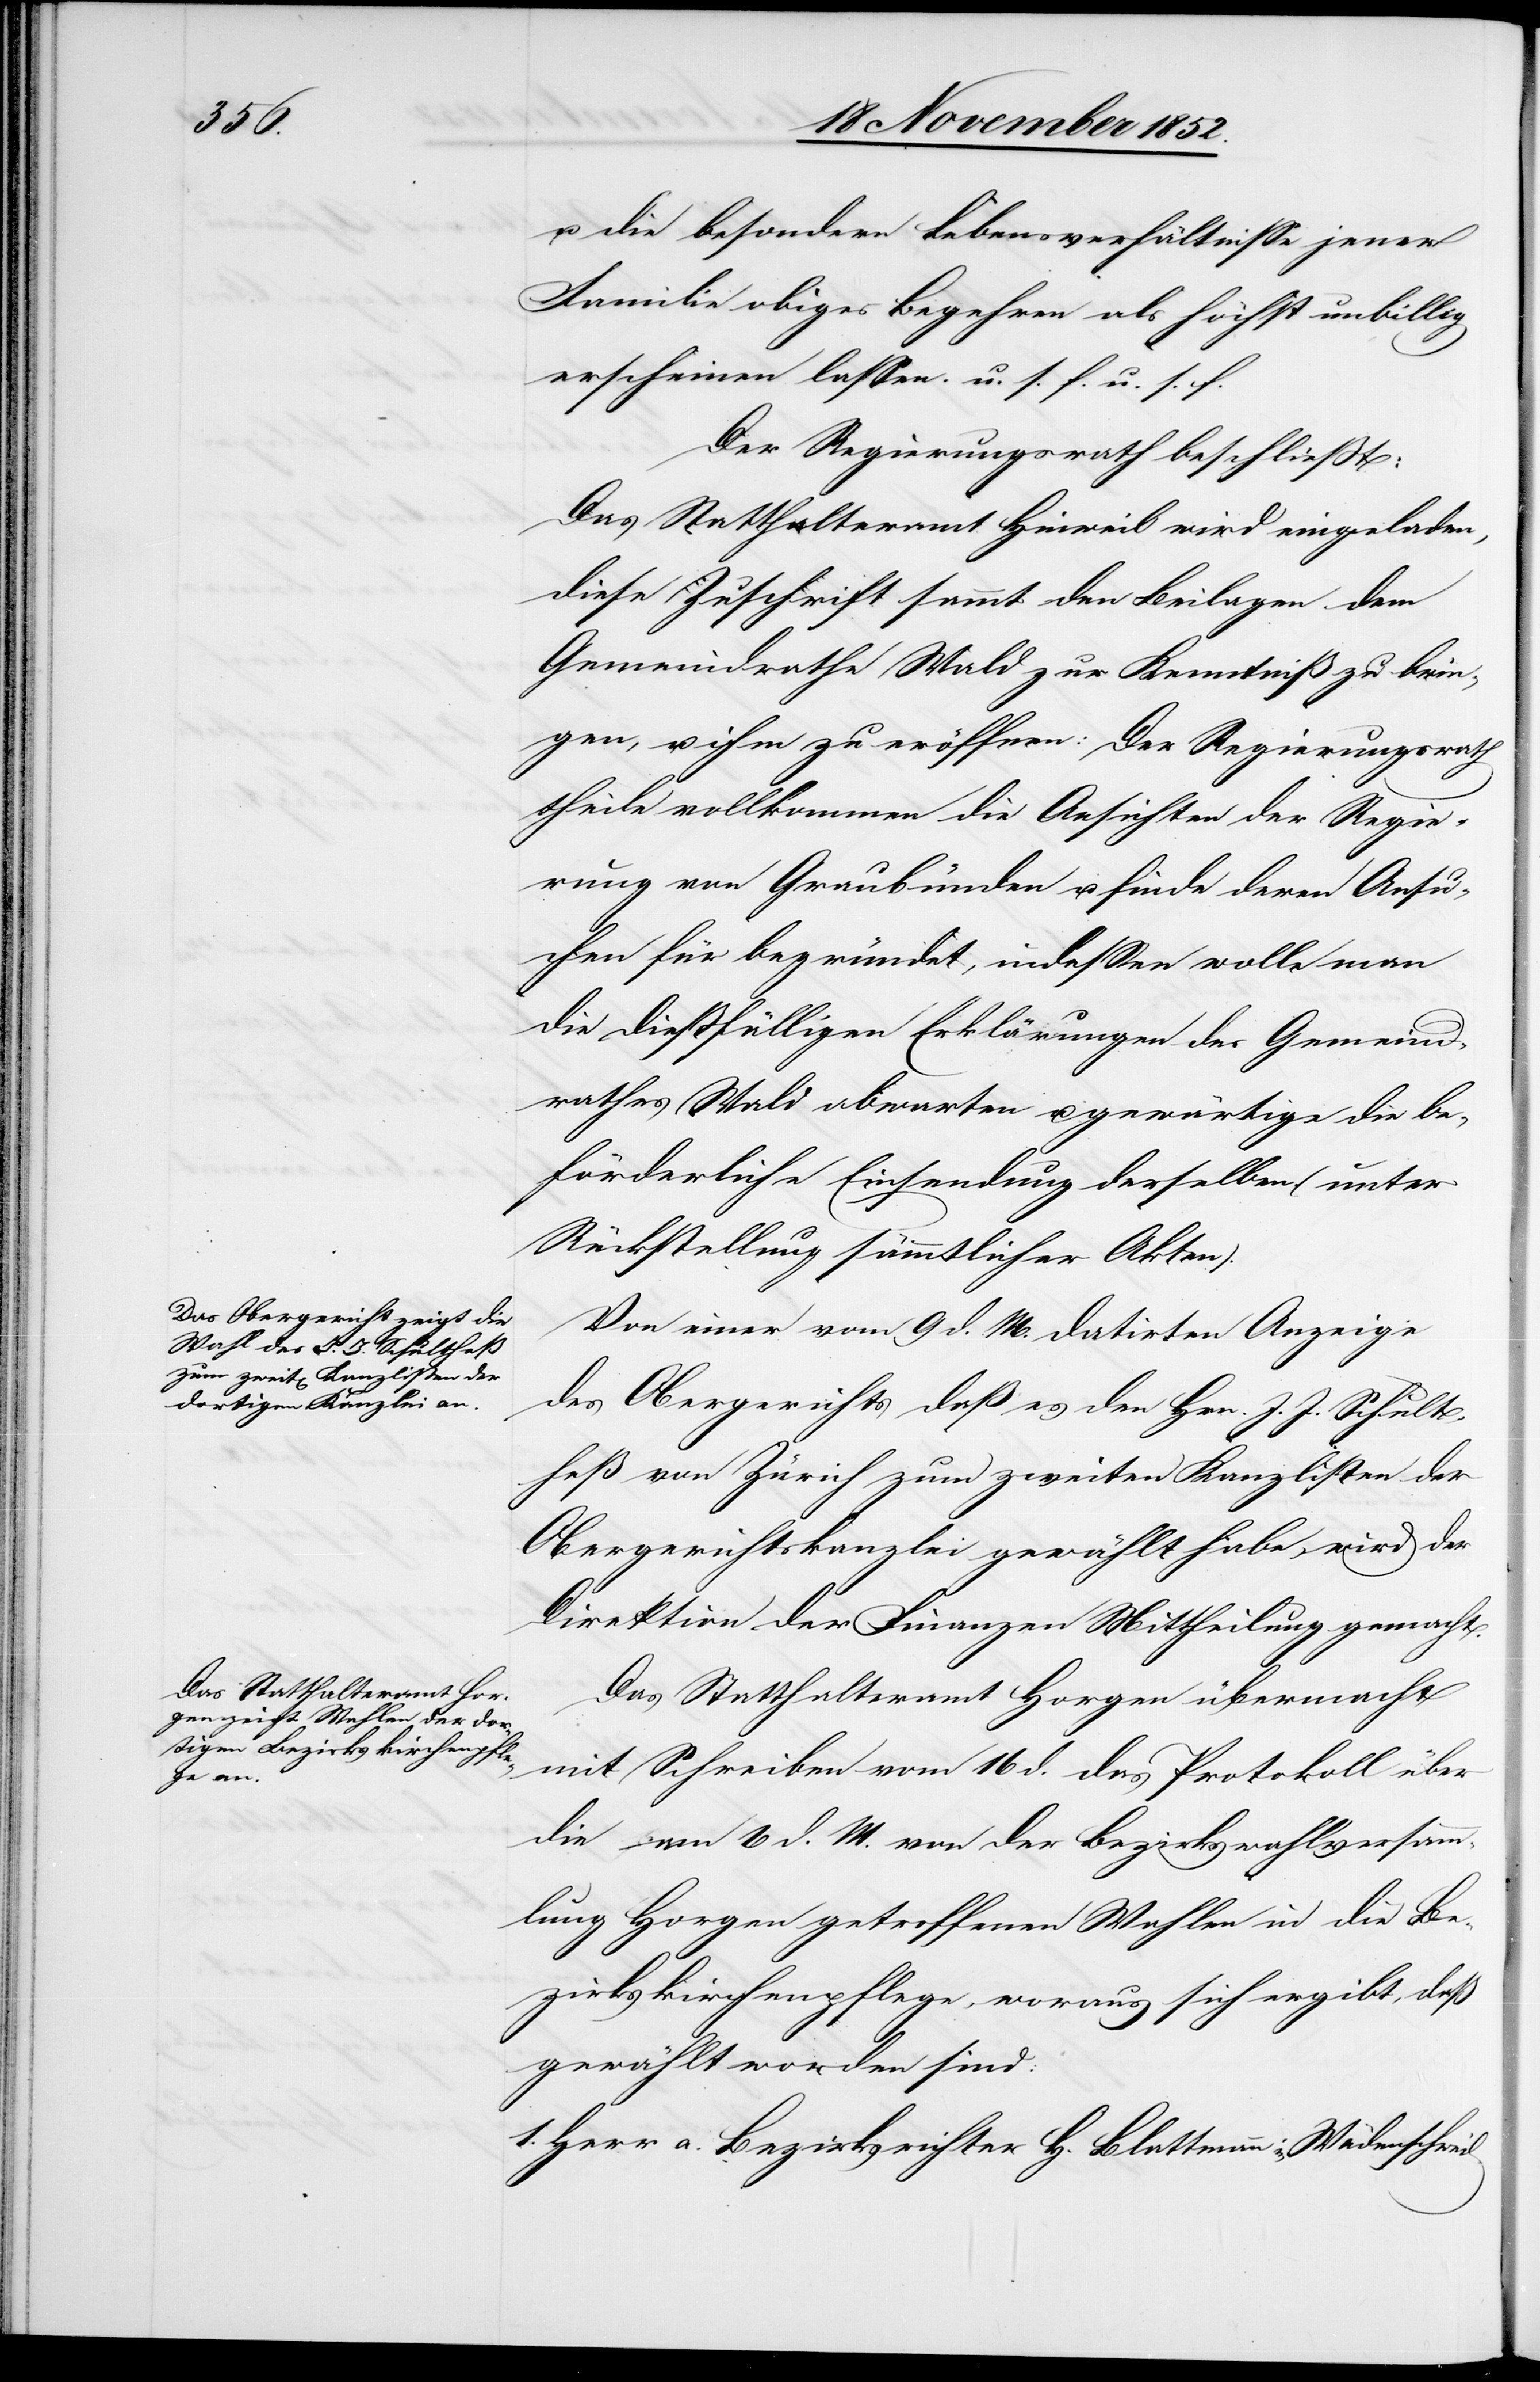
u. die besondern Lebensverhältnisse jener
Familie obiges Begehren als höchst unbillig
erscheinen lassen. u. s. f. u. s. f.
Der Regierungsrath beschließt:
Das Statthalteramt Hinweil wird eingeladen,
diese Zuschrift sammt den Beilagen dem
Gemeindrathe Wald zur Kenntniß zu brin¬
gen, u. ihm zu eröffnen: Der Regierungsrath
theile vollkommen die Ansichten der Regie¬
rung von Graubünden u. finde deren Ansu¬
chen für begründet, indessen wolle man
die dießfälligen Erklärungen des Gemeind¬
rathes Wald abwarten u. gewärtige die be¬
förderliche Einsendung derselben (unter
Rückstellung sämmtlicher Akten).
Von einer vom 9 d. M. datirten Anzeige
des Obergerichts daß es den Hrn. J. J. Schult¬
heß von Zürich zum zweiten Kanzlisten der
Obergerichtskanzlei gewählt habe, wird der
Direktion der Finanzen Mittheilung gemacht.
Das Statthalteramt Horgen übermacht
mit Schreiben vom 16 d. das Protokoll über
die am 6 d. M. von der Bezirkswahlversamm¬
lung Horgen getroffenen Wahlen in die Be¬
zirkskirchenpflege, woraus sich ergibt, daß
gewählt worden sind:
1. Herr a. Bezirksrichter H. Blattmann in Wädenschweil